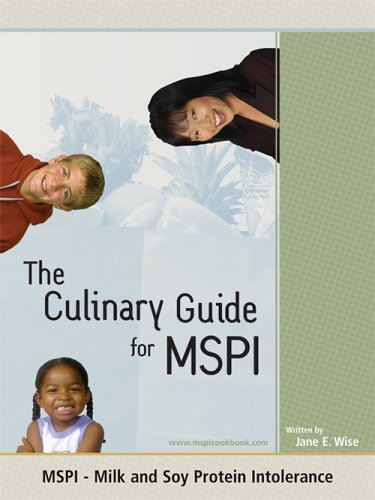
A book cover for The Culinary Guide for MSPI - Milk and Soy Protein Intolerance; Jane E. Wise; Cookbooks, Food & Wine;